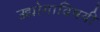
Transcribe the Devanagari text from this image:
उद्योगाविषयी